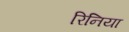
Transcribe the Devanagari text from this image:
रिनिया